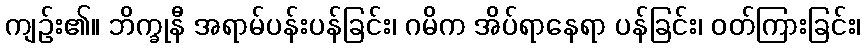
ကျဉ်း၏။ ဘိက္ခုနီ အရာမ်ပန်းပန်ခြင်း၊ ဂမိက အိပ်ရာနေရာ ပန်ခြင်း၊ ဝတ်ကြားခြင်း၊